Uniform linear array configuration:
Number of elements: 4
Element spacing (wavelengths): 0.25
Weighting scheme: kaiser
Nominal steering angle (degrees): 30
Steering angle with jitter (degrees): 31.504
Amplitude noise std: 0.05
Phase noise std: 0.05

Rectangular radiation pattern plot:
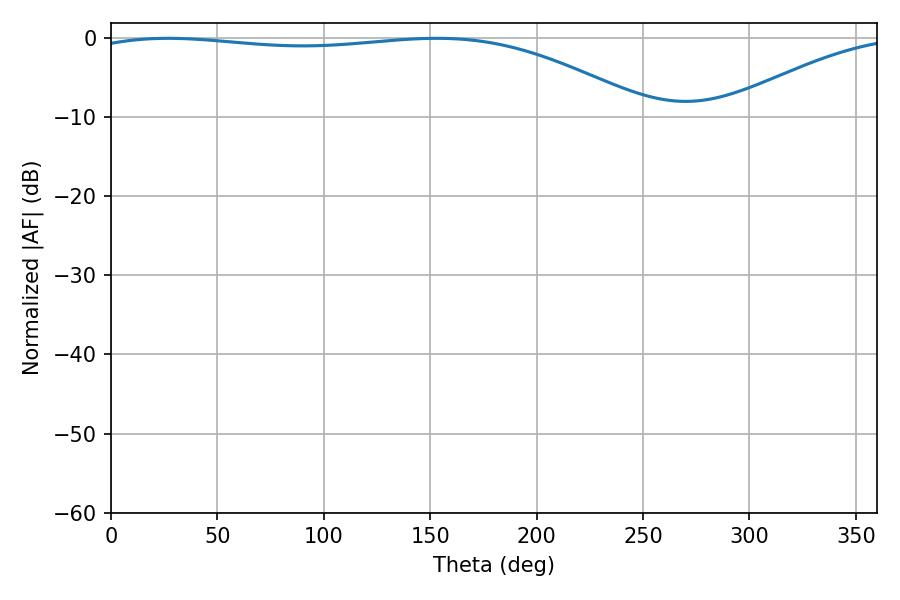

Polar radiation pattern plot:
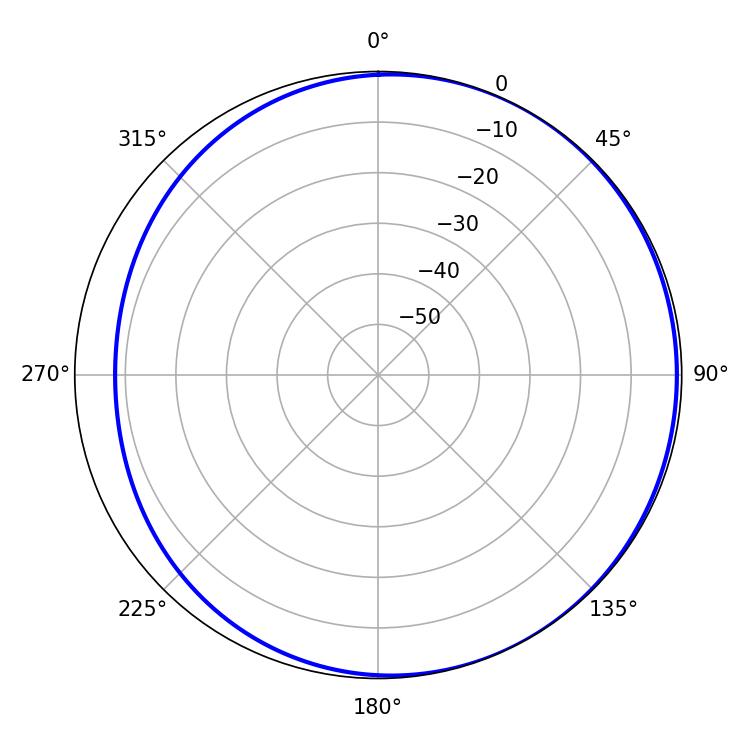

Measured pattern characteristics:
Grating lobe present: FALSE
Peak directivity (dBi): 2.292
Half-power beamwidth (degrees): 210.24
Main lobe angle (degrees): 26.82